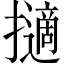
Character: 擿